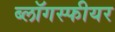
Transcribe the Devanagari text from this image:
ब्लॉगस्फीयर